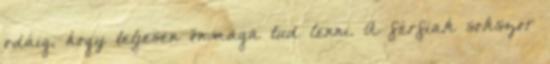
odáig, hogy teljesen önmaga tud lenni. A férfiak sokszor